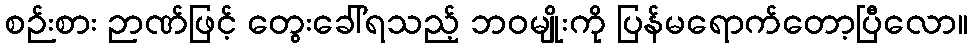
စဉ်းစား ဉာဏ်ဖြင့် တွေးခေါ်ရသည့် ဘဝမျိုးကို ပြန်မရောက်တော့ပြီလော။